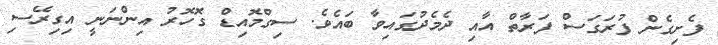
ފެށިގެން ފުރަގަސް ފަރާތް އާއި ދެމެދުގައިވާ ބައެވެ. ސިގްމޮއިޑް ގޮހޮރު އިންނަނީ އިގިރޭސި